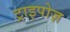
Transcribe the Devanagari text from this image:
ट्राइपोज़